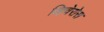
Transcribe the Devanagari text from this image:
व्हिवेरोस